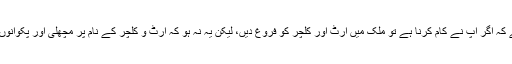
چیف جسٹس نے اس موقع پر ریمارکس دیئے کہ اگر آپ نے کام کرنا ہے تو ملک میں آرٹ اور کلچر کو فروغ دیں، لیکن یہ نہ ہو کہ آرٹ و کلچر کے نام پر مچھلی اور پکوانوں کی دکانیں بنا کر ماحول خراب کرتے رہیں۔